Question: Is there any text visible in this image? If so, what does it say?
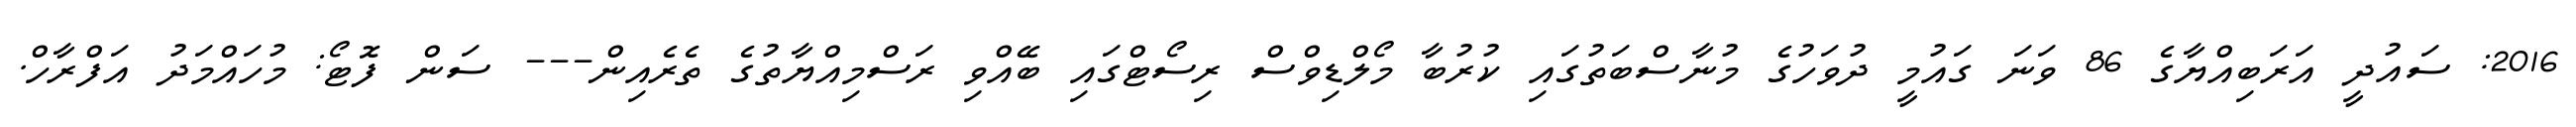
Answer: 2016: ސައުދީ އަރަބިއްޔާގެ 86 ވަނަ ގައުމީ ދުވަހުގެ މުނާސްބަތުގައި ކުރުބާ މޯލްޑިވްސް ރިސޯޓްގައި ބޭއްވި ރަސްމިއްޔާތުގެ ތެރެއިން--- ސަން ފޮޓޯ: މުހައްމަދު އަފްރާހް.